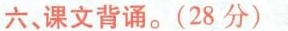
六、课文背诵。(28分)